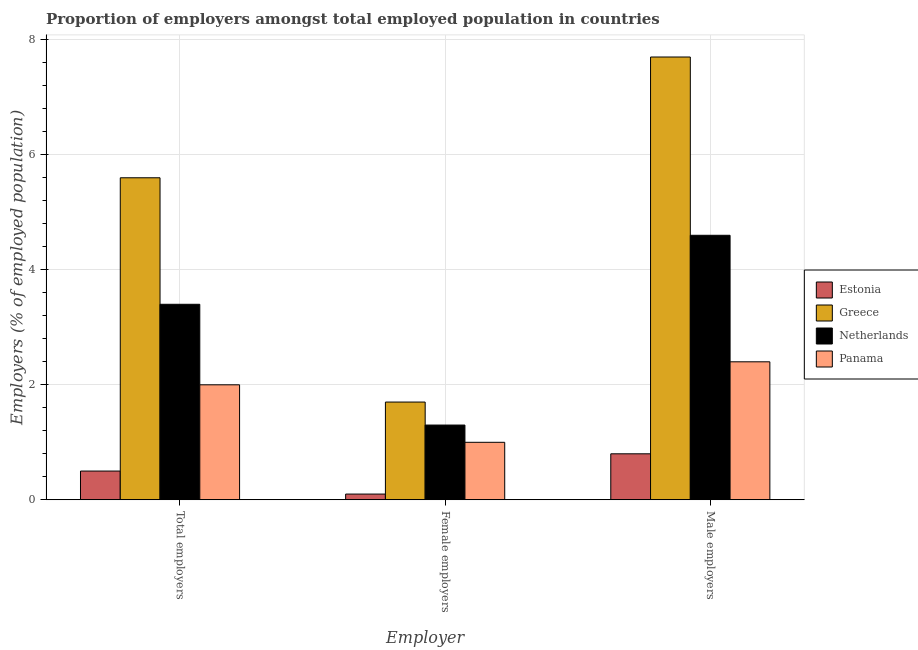
| Employer | Estonia | Greece | Netherlands | Panama |
 | --- | --- | --- | --- | --- |
 | Total employers | 0.5 | 5.6 | 3.4 | 2 |
 | Female employers | 0.1 | 1.7 | 1.3 | 1 |
 | Male employers | 0.8 | 7.7 | 4.6 | 2.4 |